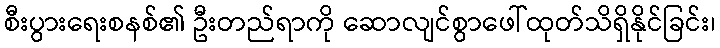
စီးပွားရေးစနစ်၏ ဦးတည်ရာကို ဆောလျင်စွာဖေါ်ထုတ်သိရှိနိုင်ခြင်း၊